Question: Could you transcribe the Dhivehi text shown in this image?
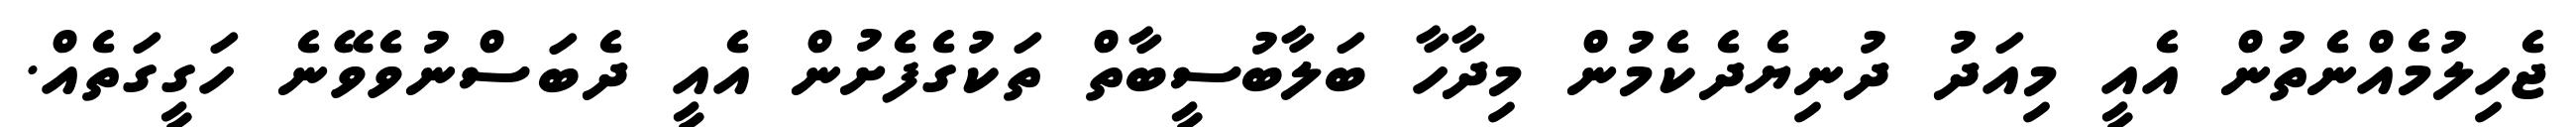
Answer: ޖެހިލުމެއްނެތުން އެއީ މިއަދު ދުނިޔެދެކެމުން މިދާހާ ބަލާބުސީބާތް ތަކުގެފެށުން އެއީ ދެބަސްނުވެވޭނެ ހަގީގަތެއް.